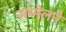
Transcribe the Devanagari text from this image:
सम्मेलने